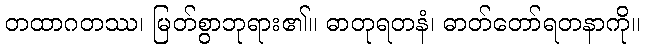
တထာဂတဿ၊ မြတ်စွာဘုရား၏။ ဓာတုရတနံ၊ ဓာတ်တော်ရတနာကို။